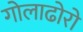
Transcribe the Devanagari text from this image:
गोलाढोरो